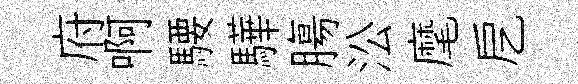
府啊騕驊膓㳂麾戹